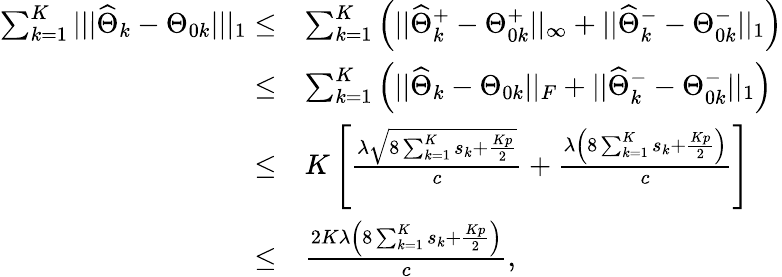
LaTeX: \begin{array}{rl}{\sum_{k=1}^{K}|||\widehat{\Theta}_{k}-\Theta_{0k}|||_{1}\leq}&{\sum_{k=1}^{K}\Big(||\widehat{\Theta}_{k}^{+}-\Theta_{0k}^{+}||_{\infty}+||\widehat{\Theta}_{k}^{-}-\Theta_{0k}^{-}||_{1}\Big)}\\ {\leq}&{\sum_{k=1}^{K}\Big(||\widehat{\Theta}_{k}-\Theta_{0k}||_{F}+||\widehat{\Theta}_{k}^{-}-\Theta_{0k}^{-}||_{1}\Big)}\\ {\leq}&{K\left[\frac{\lambda\sqrt{8\sum_{k=1}^{K}s_{k}+\frac{Kp}{2}}}{c}+\frac{\lambda\left(8\sum_{k=1}^{K}s_{k}+\frac{Kp}{2}\right)}{c}\right]}\\ {\leq}&{\frac{2K\lambda\left(8\sum_{k=1}^{K}s_{k}+\frac{Kp}{2}\right)}{c},}\end{array}